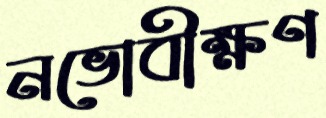
নভোবীক্ষণ